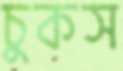
চুকস